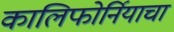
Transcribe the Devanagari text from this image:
कालिफोर्नियाचा